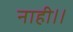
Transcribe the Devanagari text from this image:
नाही।।